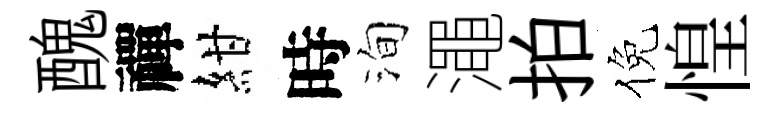
醜禪紺時洵澠拍倪惶